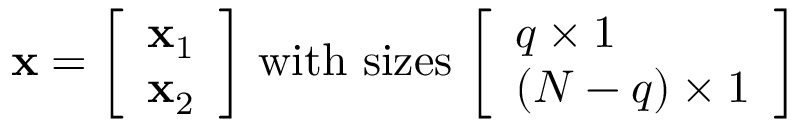
\mathbf { x } = { \left[ \begin{array} { l } { \mathbf { x } _ { 1 } } \\ { \mathbf { x } _ { 2 } } \end{array} \right] } { \mathrm { ~ w i t h ~ s i z e s ~ } } { \left[ \begin{array} { l } { q \times 1 } \\ { ( N - q ) \times 1 } \end{array} \right] }